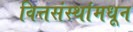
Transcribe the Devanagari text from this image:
वित्तसंस्थांमधून